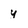
Character: y